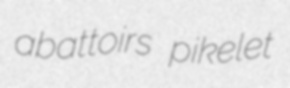
abattoirs pikelet